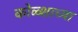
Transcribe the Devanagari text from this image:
कोळ्शाच्या